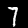
Digit: 7